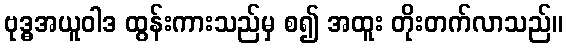
ဗုဒ္ဓအယူဝါဒ ထွန်းကားသည်မှ စ၍ အထူး တိုးတက်လာသည်။